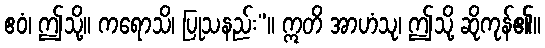
ဧဝံ၊ ဤသို့။ ကရောသိ၊ ပြုသနည်း”။ ဣတိ အာဟံသု၊ ဤသို့ ဆိုကုန်၏။